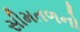
સીમતળનો